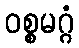
ဝစ္စမဂ္ဂံ